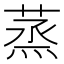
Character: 蒸